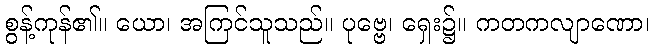
စွန့်ကုန်၏။ ယော၊ အကြင်သူသည်။ ပုဗ္ဗေ၊ ရှေး၌။ ကတကလျာဏော၊